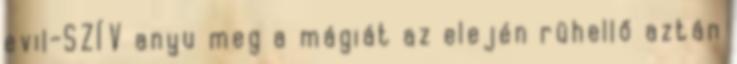
evil-SZÍV anyu meg a mágiát az elején rühellő aztán